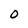
Character: 0